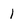
Character: 1